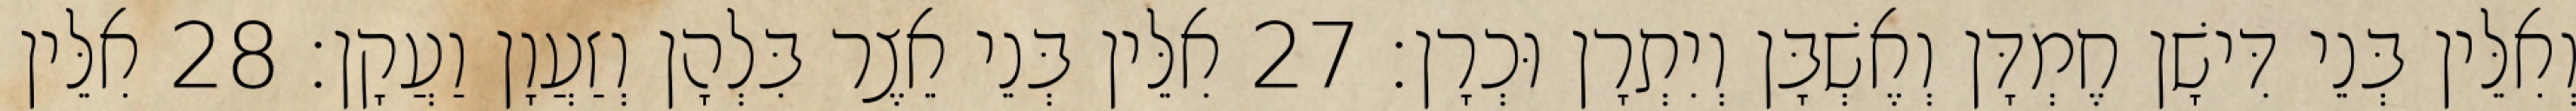
וְאִלֵּין בְּנֵי דִּישָׁן חֶמְדָּן וְאֶשְׁבָּן וְיִתְרָן וּכְרָן׃ 27 אִלֵּין בְּנֵי אֵצֶר בִּלְהָן וְזַעֲוָן וַעֲקָן׃ 28 אִלֵּין